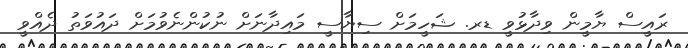
ރައީސް ޔާމީން ވިދާޅުވީ ޑރ. ޝަހީމަށް ސިޔާސީ މައިދާނަށް ނުކުންނެވުމަށް ދައުވަތު ދެއްވީ